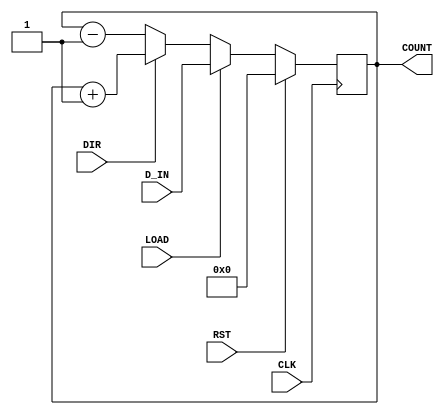
module UpDownCounter #(parameter n = 8) (
    input wire CLK,           // Clock signal
    input wire RST,           // Reset signal (active high)
    input wire DIR,           // Direction control (1 for up, 0 for down)
    input wire LOAD,          // Load signal (active high)
    input wire [n-1:0] D_IN,  // Data input (n-bit)
    output reg [n-1:0] COUNT  // Counter output (n-bit)
);

// Always block for synchronous operations
always @(posedge CLK) begin
    if (RST) begin
        COUNT <= 0; // Reset counter to zero
    end else if (LOAD) begin
        COUNT <= D_IN; // Load the value from D_IN
    end else begin
        if (DIR) begin
            COUNT <= COUNT + 1; // Increment counter for up counting
        end else begin
            COUNT <= COUNT - 1; // Decrement counter for down counting
        end
    end
end

endmodule